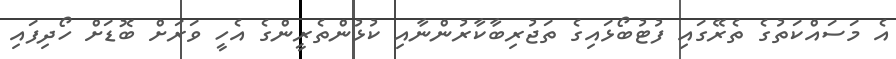
އެ މަސައްކަތުގެ ތެރޭގައި ފުޓުބޯޅައިގެ ތަޖުރިބާކާރުންނާއި ކުޅުންތެރީންގެ އެހީ ވަރަށް ބޮޑަށް ހޯދިފައި